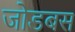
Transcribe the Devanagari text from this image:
जोडबस